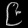
Digit: ၉